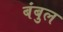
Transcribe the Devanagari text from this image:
बंबुल